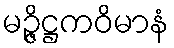
မဉ္ဇိဋ္ဌကဝိမာနံ